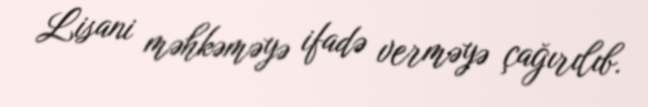
Lisani məhkəməyə ifadə verməyə çağırılıb.